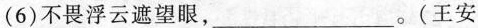
(6)不畏浮云遮望眼，___。(王安